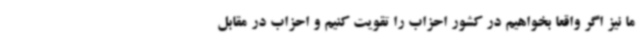
ما نیز اگر واقعا بخواهیم در کشور احزاب را تقویت کنیم و احزاب در مقابل